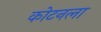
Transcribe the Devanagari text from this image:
कोटनला